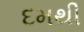
દમથી